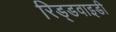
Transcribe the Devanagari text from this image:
रिड्डवाइडी